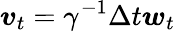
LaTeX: \boldsymbol{v}_{t}=\gamma^{-1}\Delta t\boldsymbol{w}_{t}